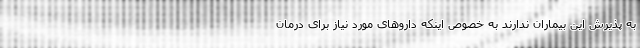
به پذیرش این بیماران ندارند به خصوص اینکه داروهای مورد نیاز برای درمان